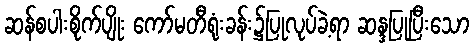
ဆန်စပါးစိုက်ပျိုး ကော်မတီရုံးခန်း၌ပြုလုပ်ခဲ့ရာ ဆန္ဒပြုပြီးသော